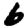
Digit: 6